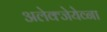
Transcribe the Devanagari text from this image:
अलेक्जेयेव्ना